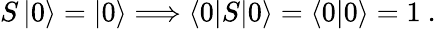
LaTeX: S\left|0\right\rangle=\left|0\right\rangle\Longrightarrow\left\langle 0|S|0\right\rangle=\left\langle 0|0\right\rangle=1~.